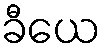
ခီယေ